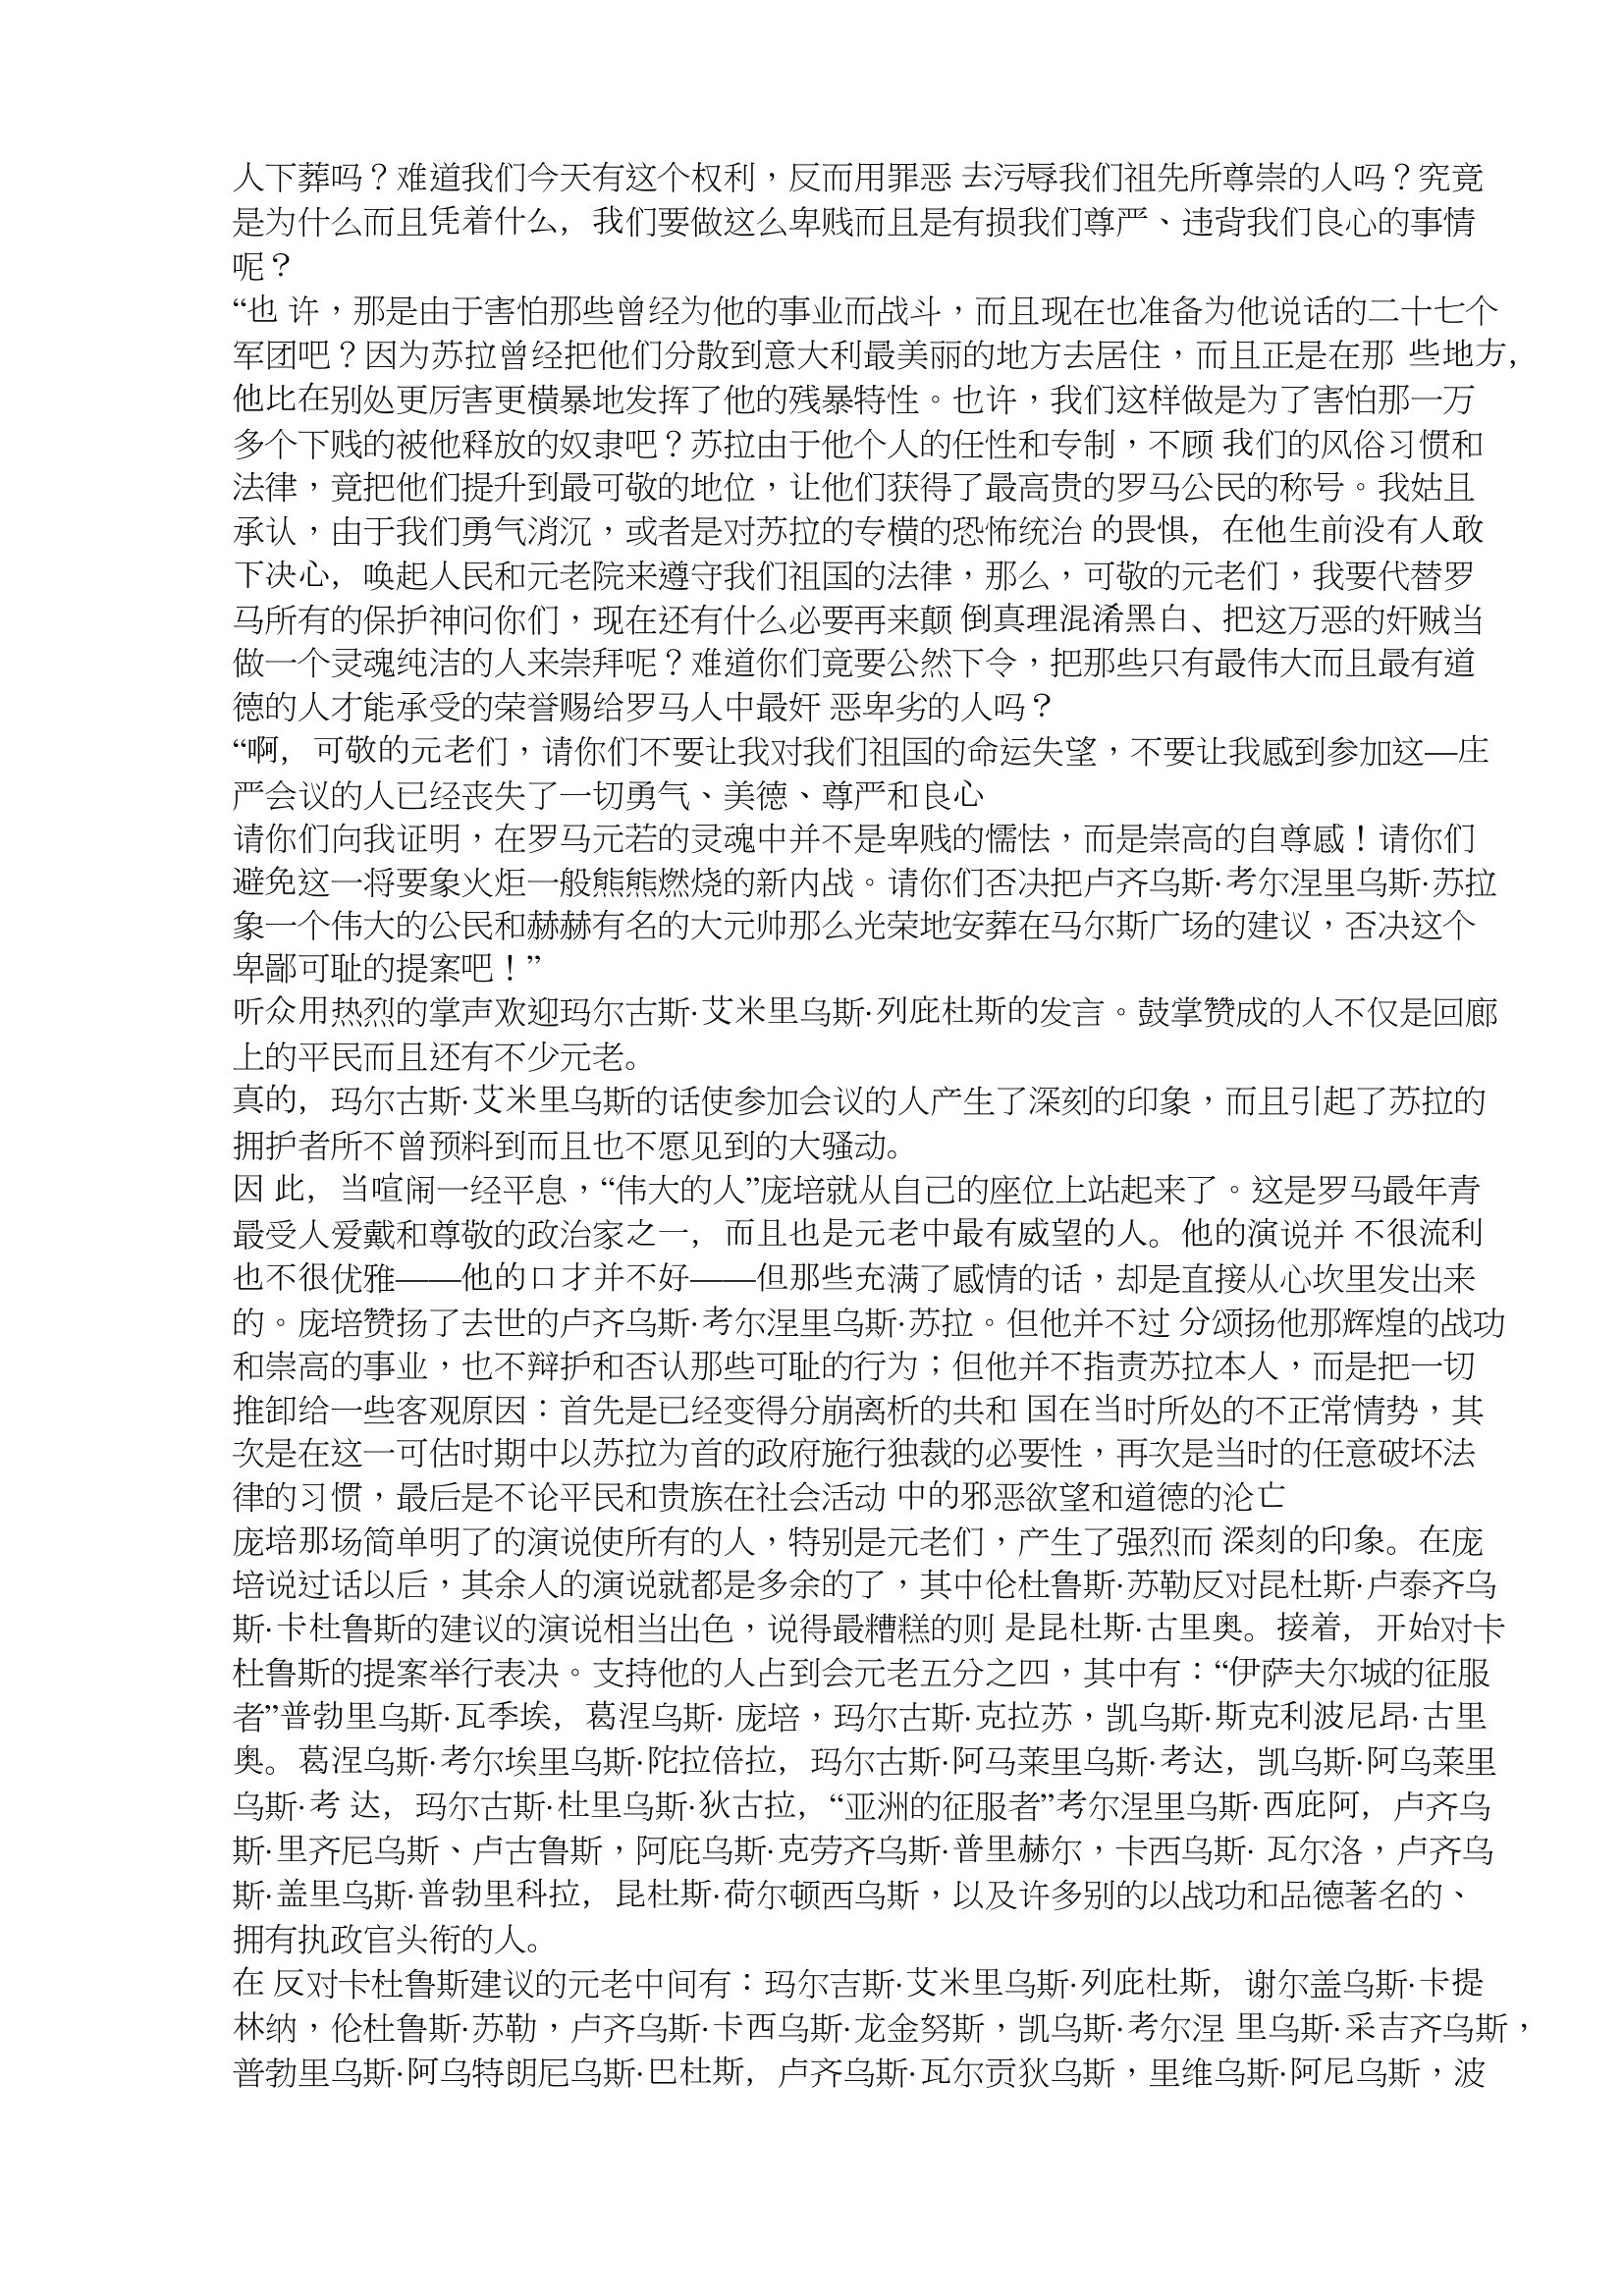
Language: zh